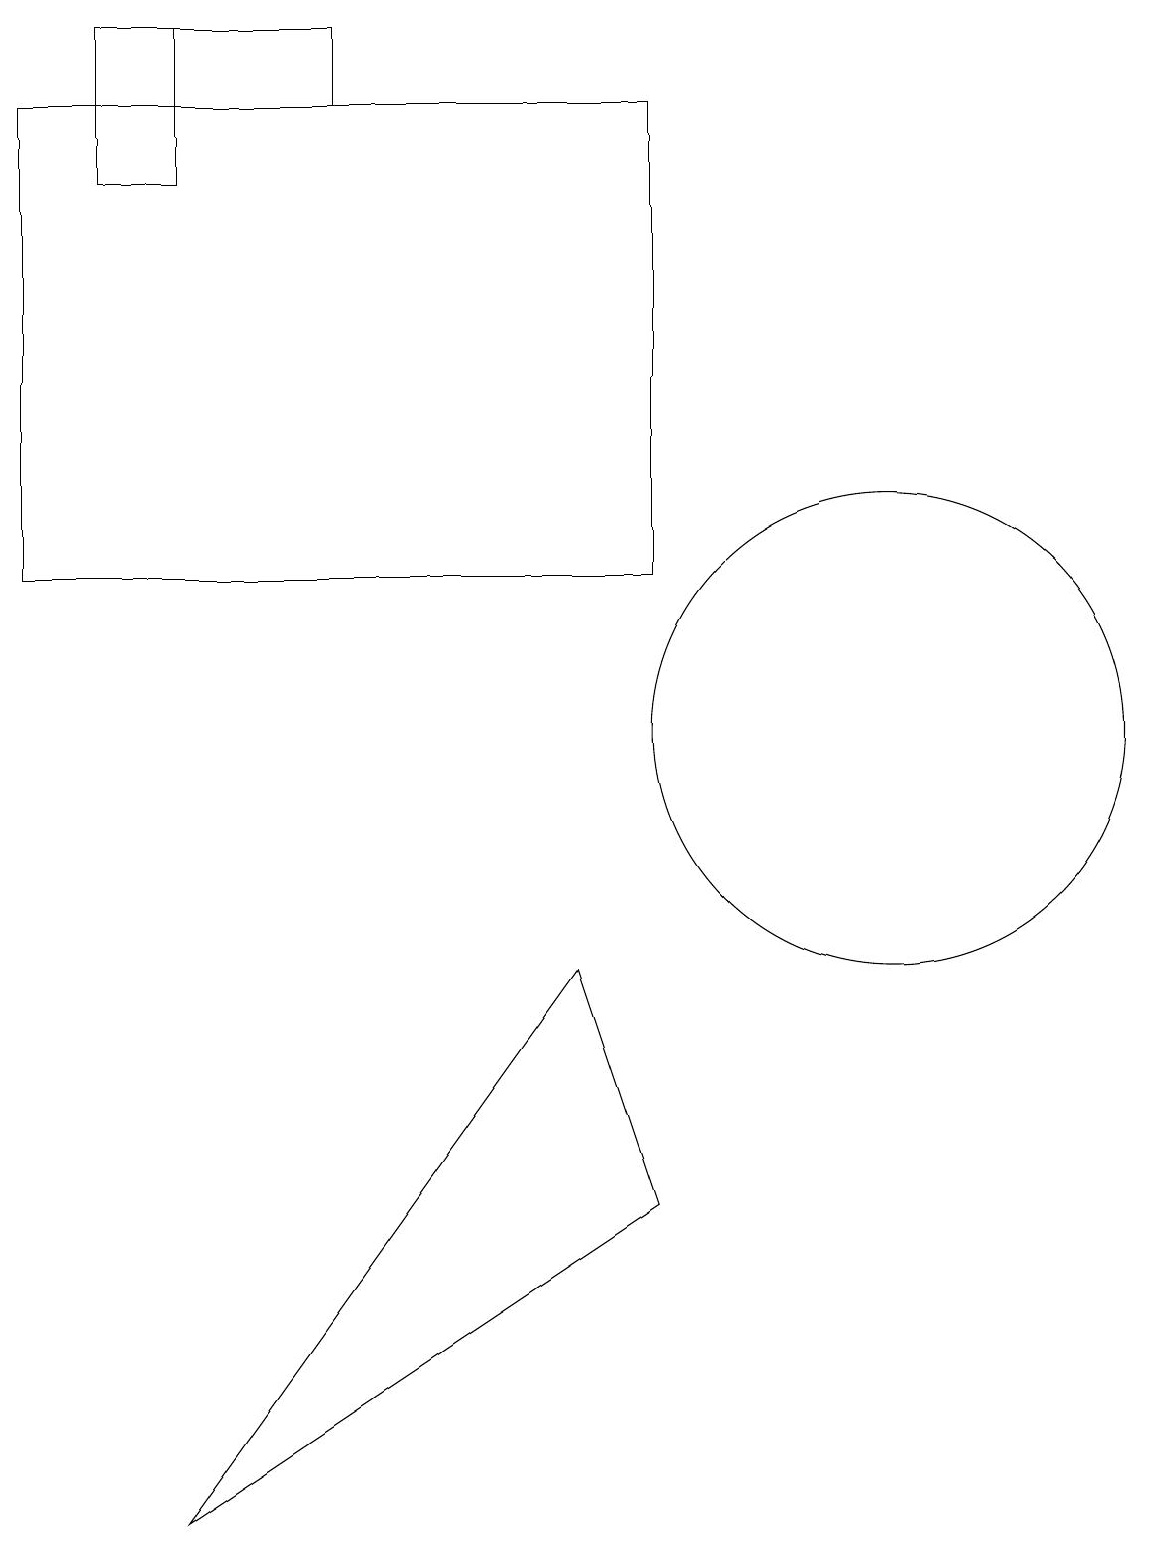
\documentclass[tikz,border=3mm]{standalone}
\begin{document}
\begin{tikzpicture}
\draw (11,10) circle (3);
\draw (4,18) rectangle (1,19);
\draw (8,12) rectangle (0,18);
\draw (2,0) -- (8,4) -- (7,7) -- cycle;
\draw (1,17) rectangle (2,19);
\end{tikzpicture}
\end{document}